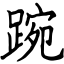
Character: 踠